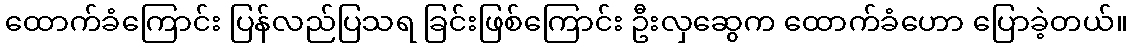
ထောက်ခံကြောင်း ပြန်လည်ပြသရ ခြင်းဖြစ်ကြောင်း ဦးလှဆွေက ထောက်ခံဟော ပြောခဲ့တယ်။